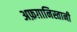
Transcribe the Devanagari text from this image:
अफ़ग़ानिस्तानी